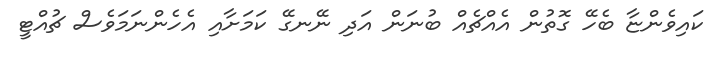
ކައިވެންޏާ ބެހޭ ގޮތުން އެއްޗެއް ބުނަން އަދި ނޭނގޭ ކަމަށާއި އެހެންނަމަވެސް ޗުއްޓީ